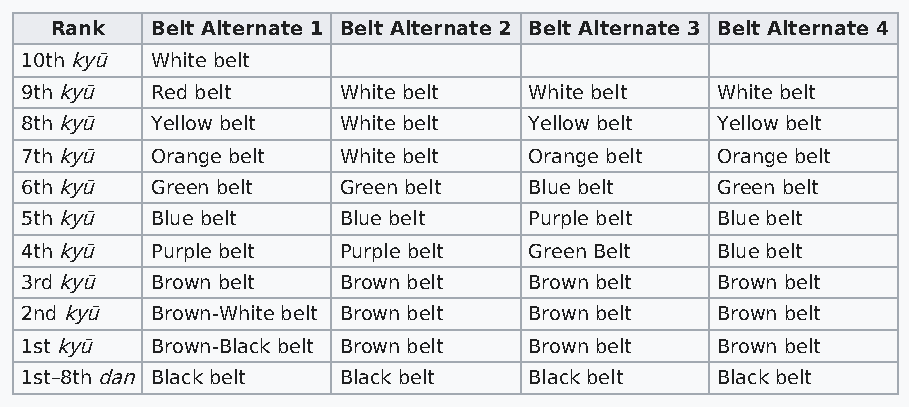
Rank   Belt Alternate 1 Belt Alternate 2 Belt Alternate 3 Belt Alternate 4
 10th kyū White belt
 9th kyū  Red belt    White belt   White belt  White belt
 8th kyū  Yellow belt White belt   Yellow belt Yellow belt
 7th kyū  Orange belt White belt   Orange belt Orange belt
 6th kyū  Green belt  Green belt   Blue belt   Green belt
 5th kyū  Blue belt   Blue belt    Purple belt Blue belt
 4th kyū  Purple belt Purple belt  Green Belt  Blue belt
 3rd kyū  Brown belt  Brown belt   Brown belt  Brown belt
 2nd kyū  Brown-White belt Brown belt Brown belt Brown belt
 1st kyū  Brown-Black belt Brown belt Brown belt Brown belt
 1st–8th dan Black belt Black belt Black belt  Black belt